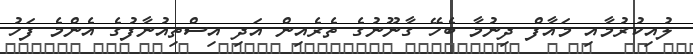
ލުއިކުރުމާއި މައާފް ދިނުމާ ބެހޭ ގާނޫނުގެ ތެރެއިން އަދި އިސްތިއުނާފުގެ އެންމެ ފަހު